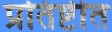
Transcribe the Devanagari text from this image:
प्रतिष्टीत